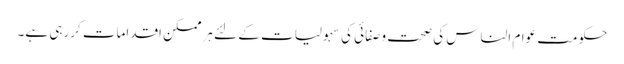
حکومت عوام الناس کی صحت وصفائی کی سہولیات کے لئے ہرممکن اقدامات کررہی ہے۔